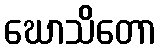
ဃောသိတော